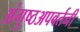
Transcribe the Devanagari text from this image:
अंगुष्ठअपवर्तनी